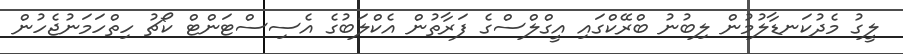
ލީގު މެދުކަނޑާލުމުން ލިބުނު ބްރޭކްގައި އީގްލްސްގެ ފަރާތުން އެކްލަބުގެ އެސިސްޓަންޓް ކޯޗު ހިތްހަމަނުޖެހުން